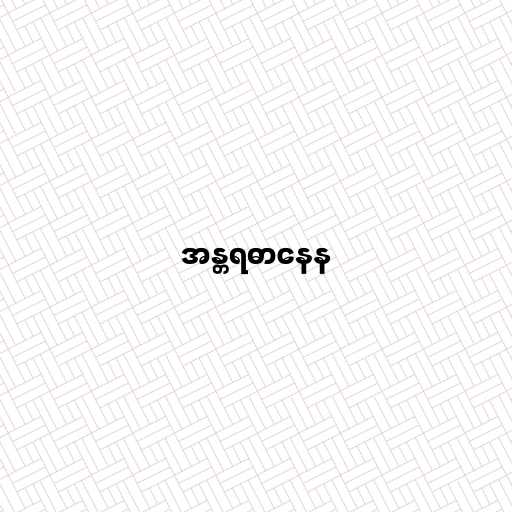
အန္တရဓာနေန